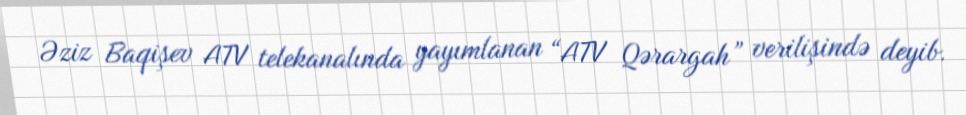
Əziz Baqişev ATV telekanalında yayımlanan “ATV Qərargah” verilişində deyib.